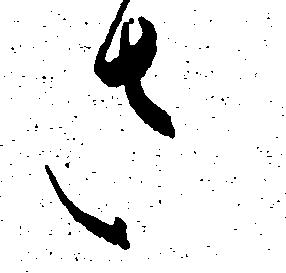
さ